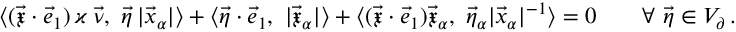
\big \langle ( \vec { \mathfrak { x } } \cdot \vec { e } _ { 1 } ) \, \varkappa \, \vec { \nu } , ~ \vec { \eta } \, | \vec { x } _ { \alpha } | \big \rangle + \big \langle \vec { \eta } \cdot \vec { e } _ { 1 } , ~ | \vec { \mathfrak { x } } _ { \alpha } | \big \rangle + \big \langle ( \vec { \mathfrak { x } } \cdot \vec { e } _ { 1 } ) \vec { \mathfrak { x } } _ { \alpha } , ~ \vec { \eta } _ { \alpha } | \vec { x } _ { \alpha } | ^ { - 1 } \big \rangle = 0 \qquad \forall \ \vec { \eta } \in V _ { \partial } \, .